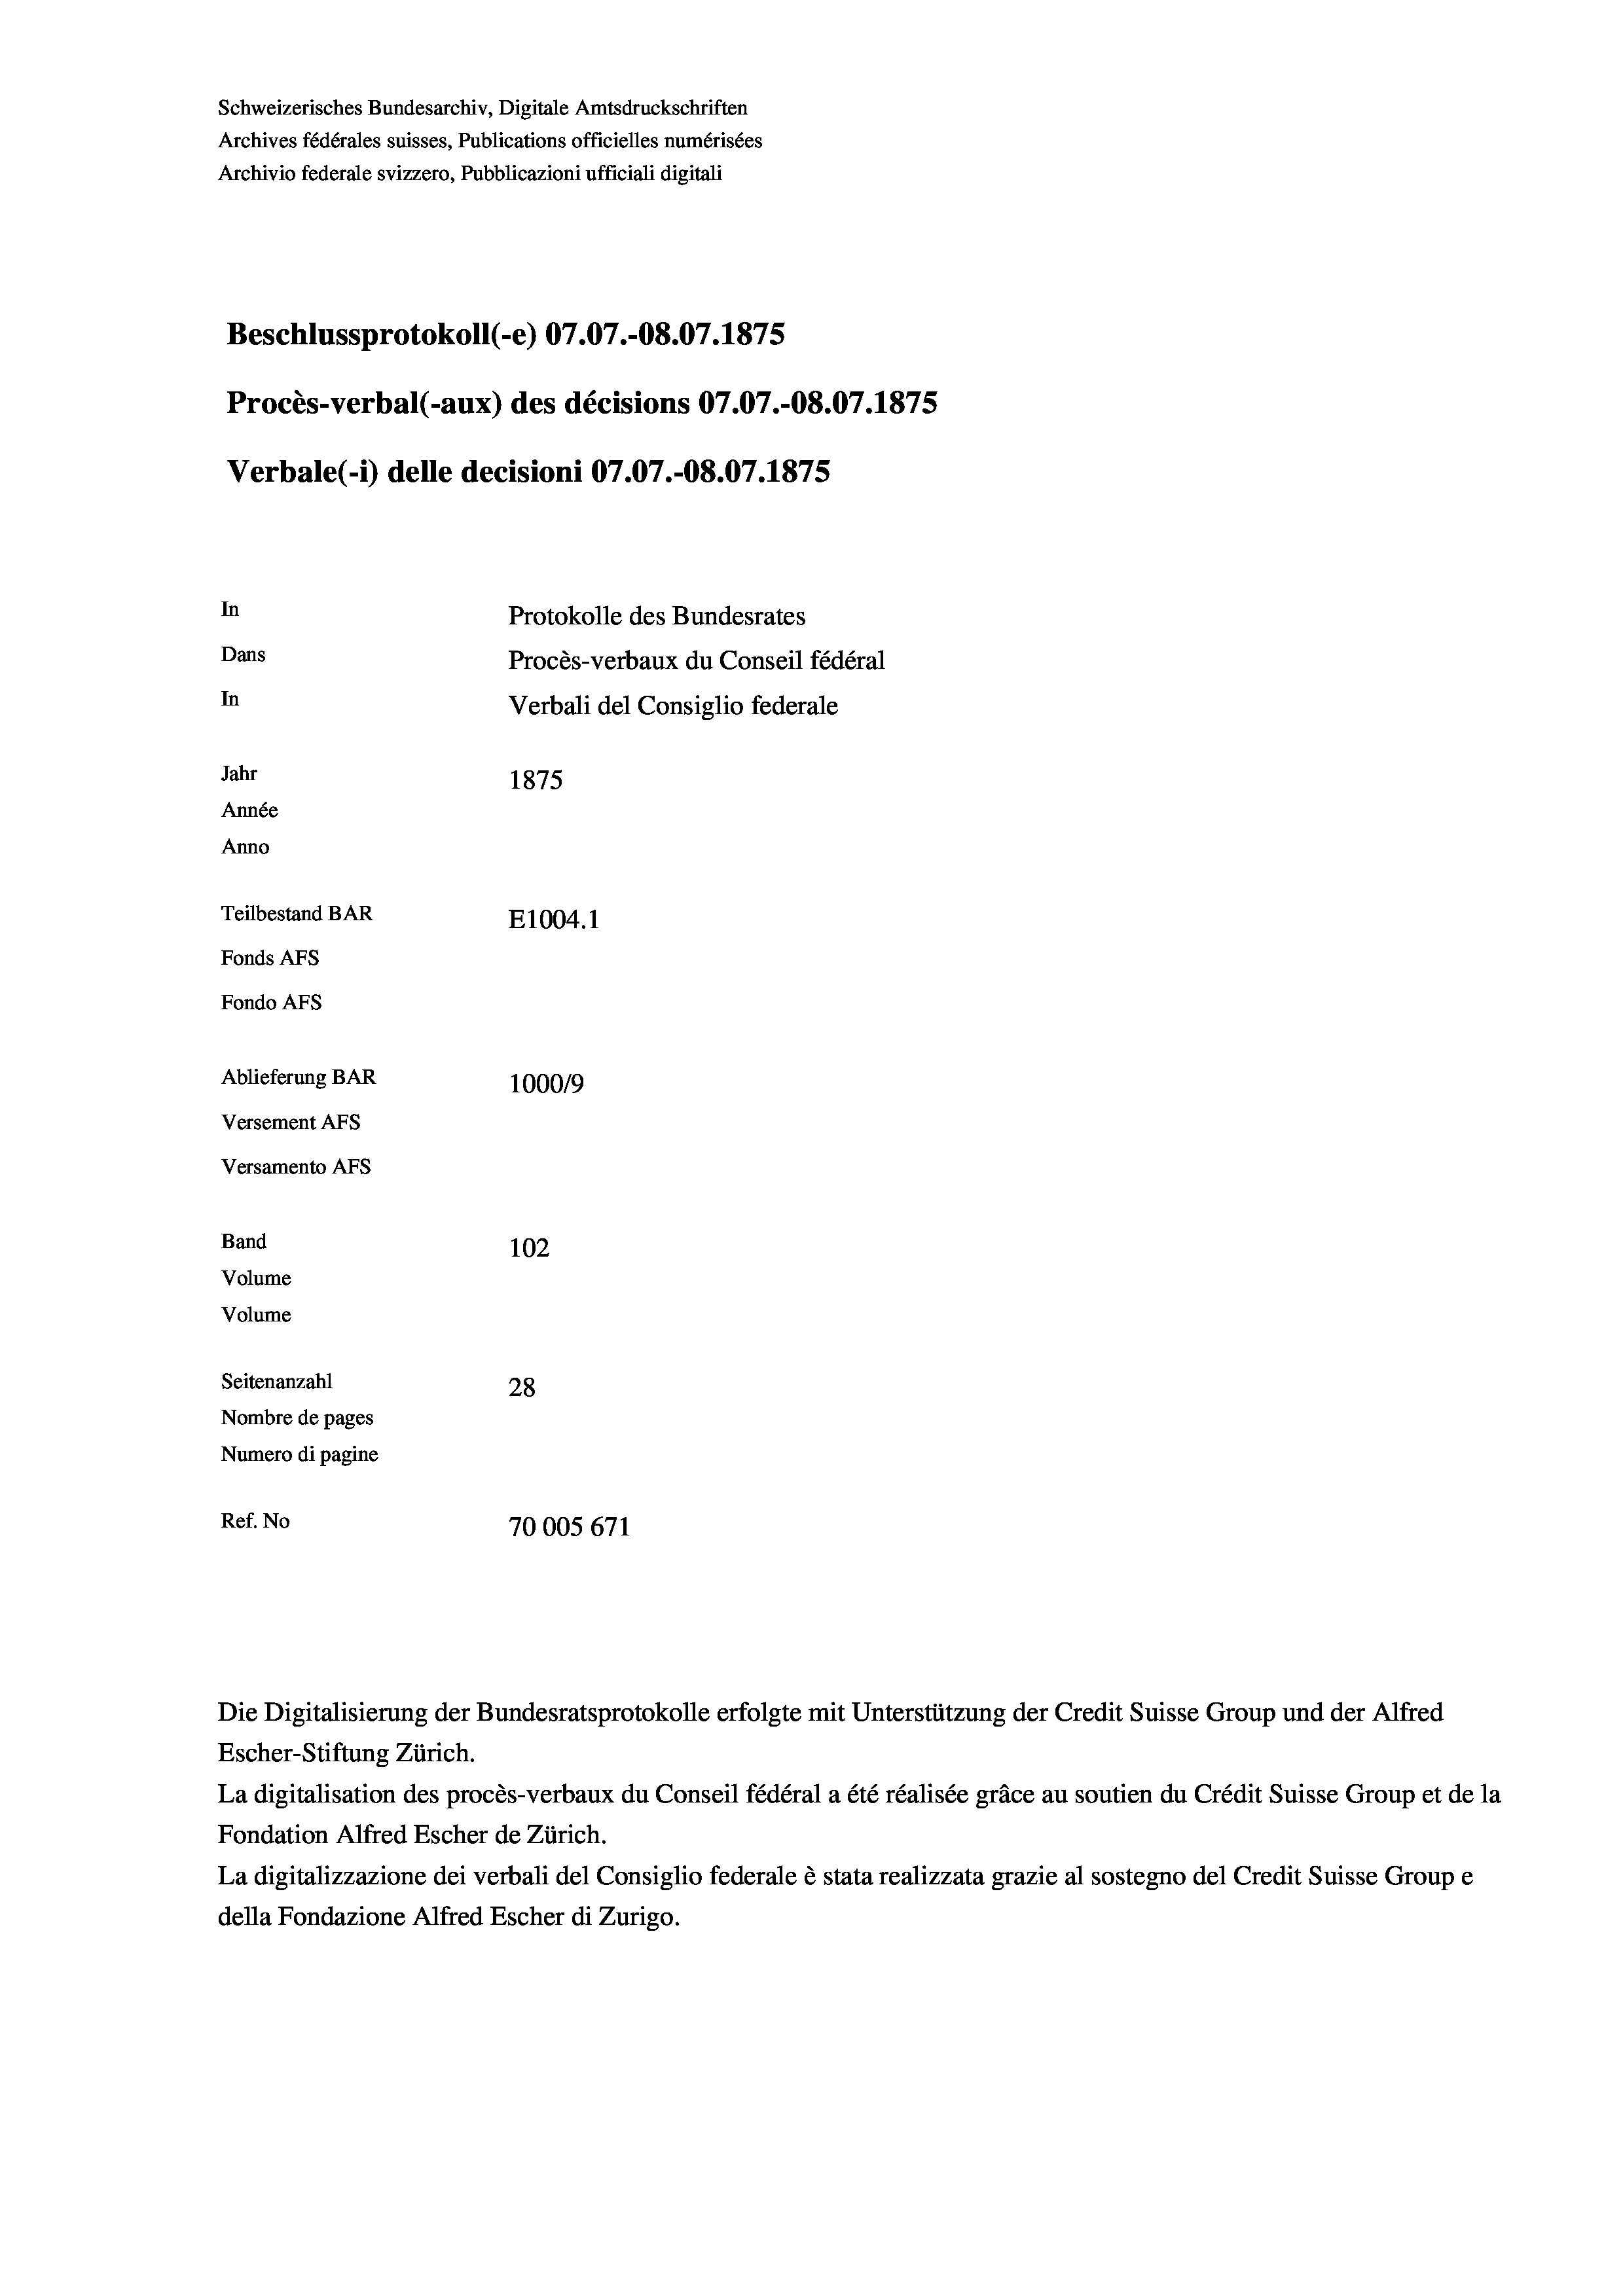
Schweizerisches Bundesarchiv, Digitale Amtsdruckschriften
Archives fédérales suisses, Publications officielles numérisées
Archivio federale svizzero, Pubblicazioni ufficiali digitali

Beschlussprotokoll (-e) 07.07.-08.07. 1875
Procès-verbal (-aux) des décisions 07.07.-O8.07.1875
Verbale (- 1) delle decisioni 07.07.-O8.07.1875
In
Protokolle des Bundesrates
Dans
Procès-verbaux du Conseil fédéral
In
Verbali del Consiglio federale
Jahr
1875
Année
Anno
Teilbestand BAR
E1004.1
Fonds Afs
Fondo Afs
Ablieferung BAR
100019
Versement AFs
Versamento Afs
Band
102
Volume
Volume
Seitenanzahl
28
Nombre de pages
Numero di pagine
Ref. No
70005 671

Die Digitalisierung der Bundesratsprotokolle erfolgte mit Unterstützung der Credit Suisse Group und der Alfred
Escher-Stiftung Zürich.
La digitalisation des procès-verbaux du Conseil fédéral a été réalisée gräce au soutien du Crédit Suisse Group et de la
Fondation Alfred Escher de Zürich.
La digitalizzazione dei verbali del Consiglio federale è stata realizzata grazie al sostegno del Credit Suisse Groupe
della Fondazione Alfred Escher di Zurigo.